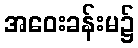
အဝေးခန်းမ၌